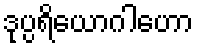
ဒုပ္ပရိယောဂါဟော